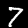
Label: 7